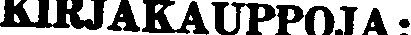
KIRJAKAUPPOJA: